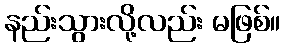
နည်းသွားလို့လည်း မဖြစ်။